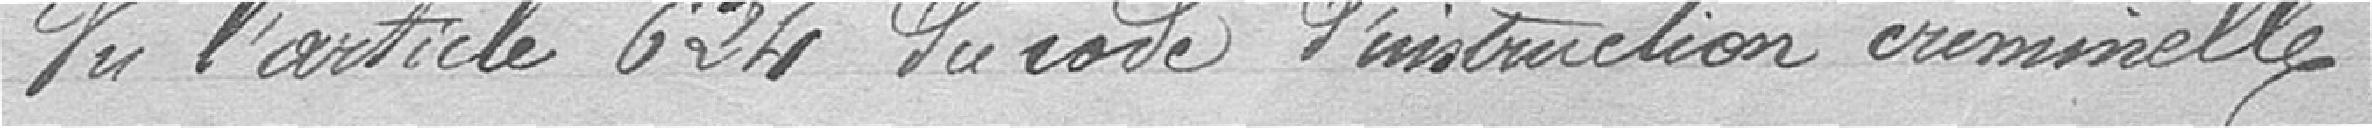
Vu l'article 624 du code d'instruction criminelle,